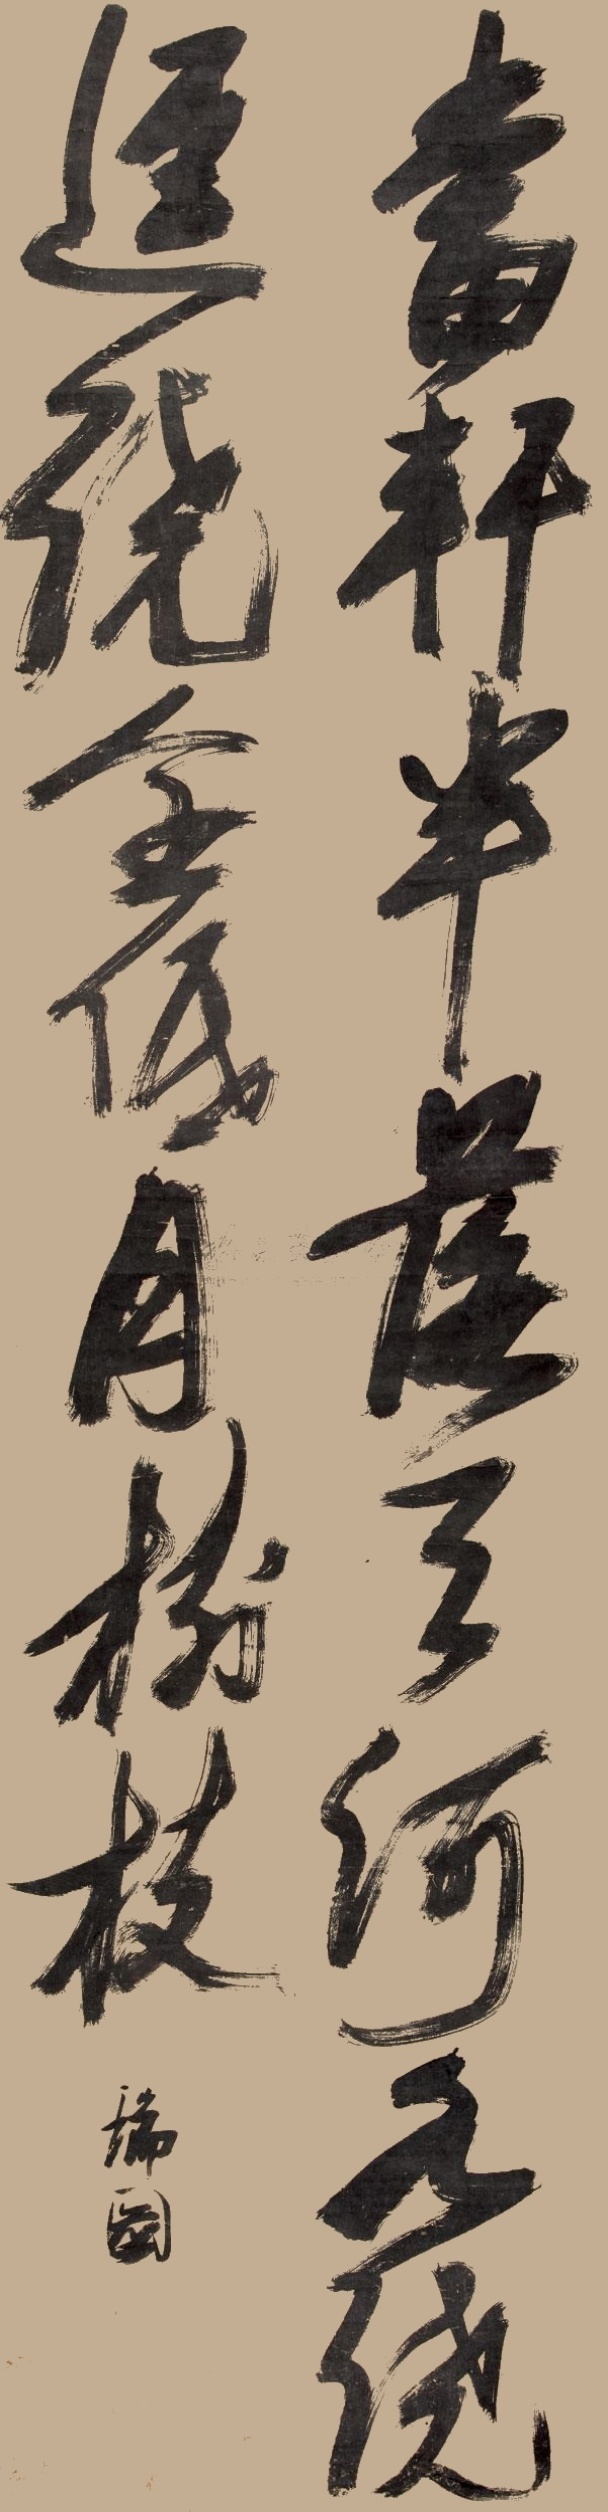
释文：当轩半落天河水，绕径全低月树枝。瑞图。